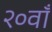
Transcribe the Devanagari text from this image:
२०वाँ